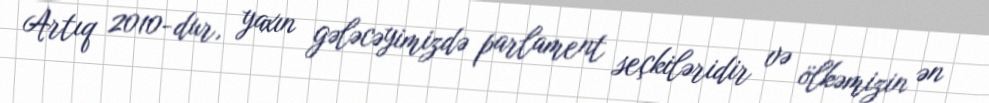
Artıq 2010-dur, yaxın gələcəyimizdə parlament seçkiləridir və ölkəmizin ən